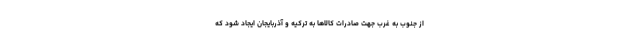
از جنوب به غرب جهت صادرات کالاها به ترکیه و آذربایجان ایجاد شود که